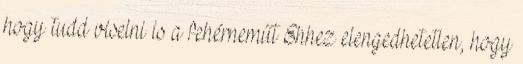
hogy tudd viselni is a fehérneműt Ehhez elengedhetetlen, hogy